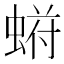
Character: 𬠙